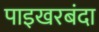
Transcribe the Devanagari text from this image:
पाइखरबंदा